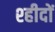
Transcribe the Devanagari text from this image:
श्हीदों